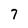
Character: 7